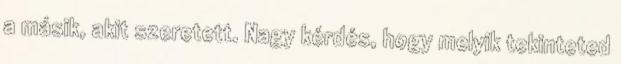
a másik, akit szeretett. Nagy kérdés, hogy melyik tekinteted